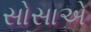
સોસાએ